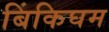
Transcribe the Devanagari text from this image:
बिंकिघम